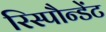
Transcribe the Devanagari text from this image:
रिस्पौन्डेंट